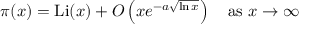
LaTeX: \pi ( x ) = \mathrm { { L i } } ( x ) + O \left( x e ^ { - a { \sqrt { \ln x } } } \right) \quad { \mathrm { a s ~ } } x \to \infty